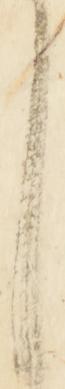
し